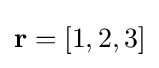
\mathbf {r} =[1,2,3]